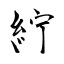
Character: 紵